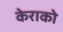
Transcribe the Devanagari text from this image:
केराको